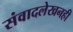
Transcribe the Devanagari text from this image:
संवादलेखनही